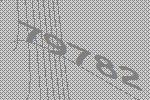
79782